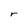
Character: r